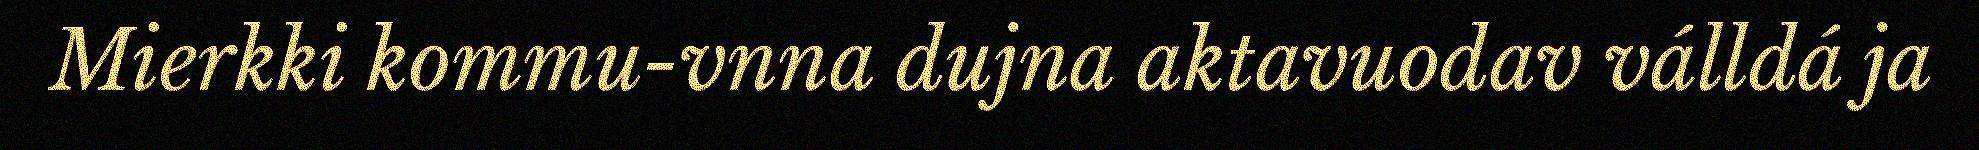
Mierkki kommu-vnna dujna aktavuodav válldá ja